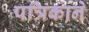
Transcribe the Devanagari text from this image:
पत्रिकाने